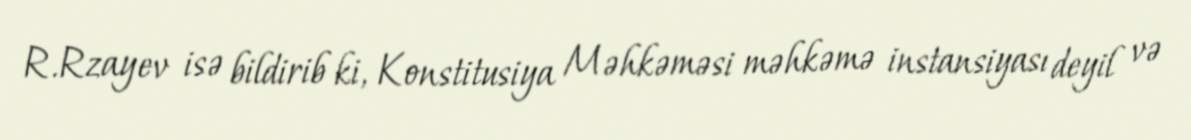
R.Rzayev isə bildirib ki, Konstitusiya Məhkəməsi məhkəmə instansiyası deyil və